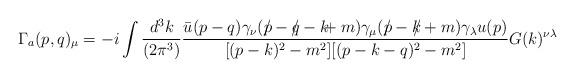
LaTeX: \begin{align*}\Gamma_a(p,q)_{\mu}=-i \int \frac{d^3k}{(2 \pi^3)} \frac{\bar u(p-q) \gamma_{\nu} (p \!\!\! /-q \!\!\! / -k \!\!\! +m) \gamma_{\mu} (p \!\!\! / -k \!\!\! / +m) \gamma_{\lambda} u(p)}{[(p-k)^2-m^2][(p-k-q)^2-m^2]}G(k)^{\nu \lambda}\end{align*}